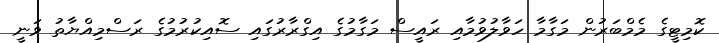
ކޮމިޓީގެ މެމްބަރުން މަގާމާ ހަވާލުވުމާއި ރައީސް މަގާމުގެ އިގްރާރުގައި ސޮއިކުރުމުގެ ރަސްމިއްޔާތު ވަނީ